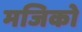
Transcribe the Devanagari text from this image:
मजिको